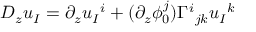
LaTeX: D _ { z } u _ { I } = \partial _ { z } u _ { I } { } ^ { i } + ( \partial _ { z } \phi _ { 0 } ^ { j } ) \Gamma ^ { i } { } _ { j k } u _ { I } { } ^ { k }